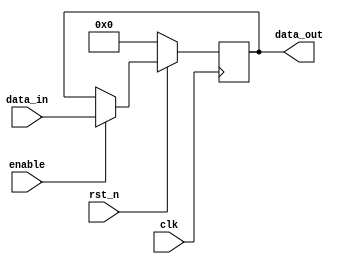
module sequential_logic (
    input wire clk,           // Clock signal
    input wire rst_n,        // Active low synchronous reset
    input wire enable,       // Enable signal
    input wire [7:0] data_in, // Input data
    output reg [7:0] data_out // Output data
);

// Initial state (optional, can also be set in the always block)
initial begin
    data_out = 8'b0; // Initialize output to 0
end

// Always block sensitive to the positive edge of the clock
always @(posedge clk) begin
    if (!rst_n) begin
        // Synchronous reset
        data_out <= 8'b0; // Reset output to 0
    end else if (enable) begin
        // Update state based on input data
        data_out <= data_in; // Update output with input data
    end
    // If enable is low, data_out retains its previous value
end

endmodule